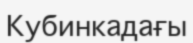
Кубинкадағы